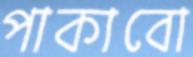
পাকাবো